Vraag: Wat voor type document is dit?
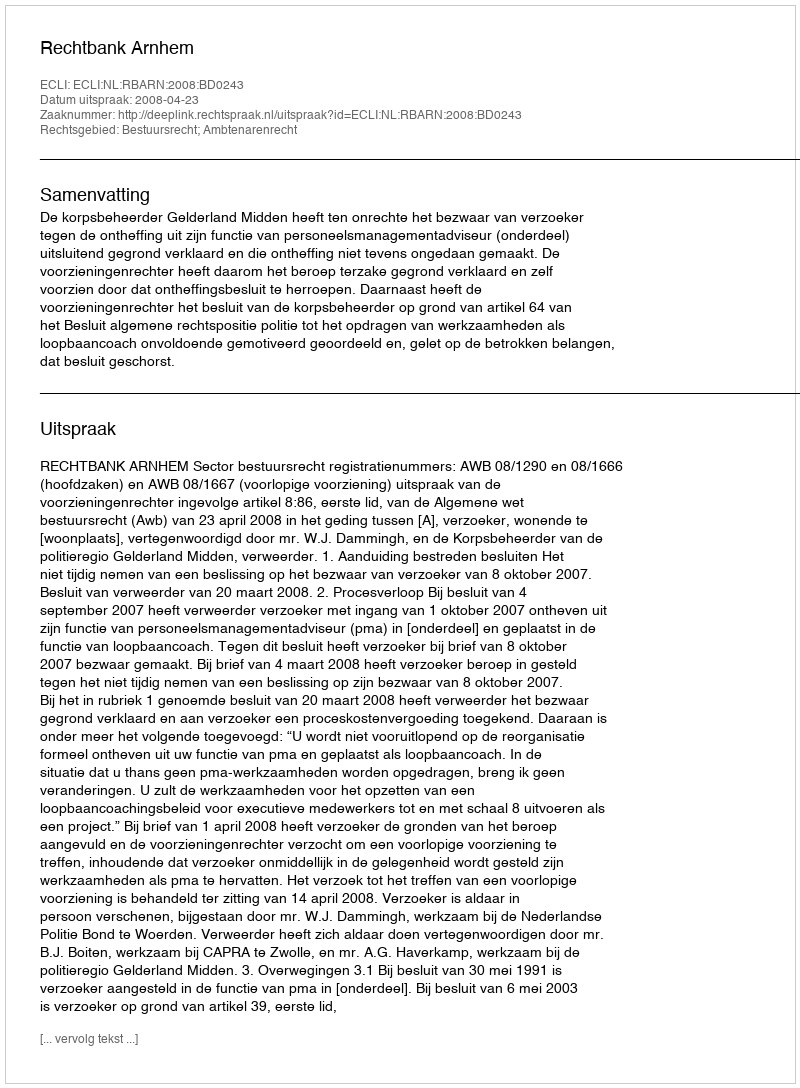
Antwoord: Uitspraak